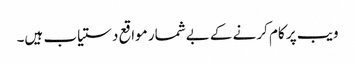
ویب پر کام کرنے کے بےشمار مواقع دستیاب ہیں۔